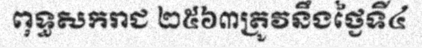
ពុទ្ធសករាជ ២៥៦៣ត្រូវនឹងថ្ងៃទី៤